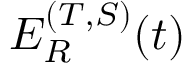
E _ { R } ^ { ( T , S ) } ( t )